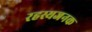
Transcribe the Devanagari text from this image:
रहस्यजनक